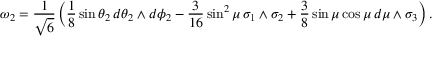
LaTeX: \omega _ { 2 } = \frac { 1 } { \sqrt { 6 } } \left( \frac { 1 } { 8 } \sin { \theta _ { 2 } } \, d \theta _ { 2 } \wedge d \phi _ { 2 } - \frac { 3 } { 1 6 } \sin ^ { 2 } { \mu } \, \sigma _ { 1 } \wedge \sigma _ { 2 } + \frac { 3 } { 8 } \sin { \mu } \cos \mu \, d \mu \wedge \sigma _ { 3 } \right) .